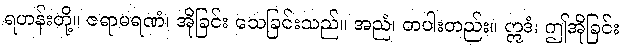
ရဟန်းတို့။ ဇရာမရဏံ၊ အိုခြင်း သေခြင်းသည်။ အညံ၊ တပါးတည်း။ ဣဒံ၊ ဤအိုခြင်း